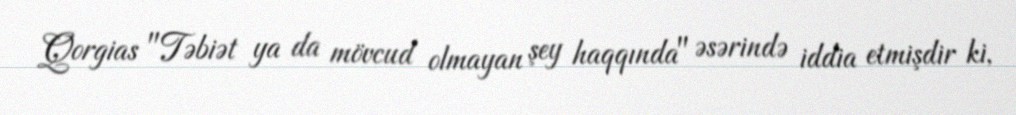
Qorgias "Təbiət ya da mövcud olmayan şey haqqında" əsərində iddia etmişdir ki,